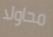
محاولا